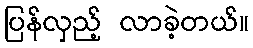
ပြန်လှည့် လာခဲ့တယ်။